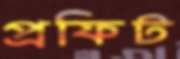
প্রফিট